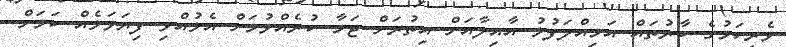
ވެރިކަމުގެ ބާރުތައް އަމިއްލަފުޅު އާއިލާއަށް އިތުރަށް ޖަމާ ކުރެއްވުމަށް އެޅުއްވި ފިޔަވަޅެއް ކަމަށް